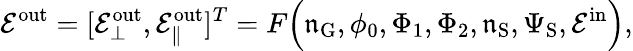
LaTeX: \mathcal{E}^{\mathrm{out}}=[\mathcal{E}_{\bot}^{\mathrm{out}},\mathcal{E}_{\| }^{\mathrm{out}}]^{T}=F\Big(\mathfrak{n}_{\mathrm{G}},\phi_{0},\Phi_{1},\Phi_{2},\mathfrak{n}_{\mathrm{S}},{\Psi}_{\mathrm{S}},\mathcal{E}^{\mathrm{in}}\Big),